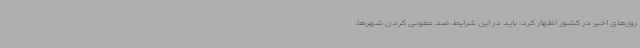
روزهای اخیر در کشور اظهار کرد: باید در این شرایط، ضد عفونی کردن شهرها،